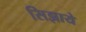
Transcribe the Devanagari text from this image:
सिझाये